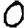
Digit: 0